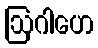
ဩဂါဟေ